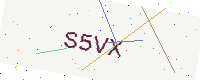
Text: S5VX